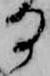
日